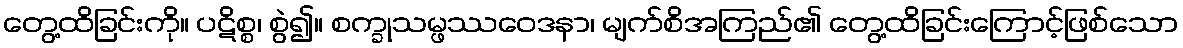
တွေ့ထိခြင်းကို။ ပဋိစ္စ၊ စွဲ၍။ စက္ခုသမ္ဖဿဝေဒနာ၊ မျက်စိအကြည်၏ တွေ့ထိခြင်းကြောင့်ဖြစ်သော